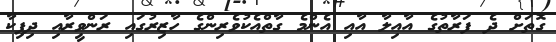
ގޮތަށް ދެ ފަރާތުގެ އާއިލާ އާއި އެންމެ ގާތްއެކުވެރިންގެ ހާޒިރުގައި ރަންވީރާއި ދިޕިކާ